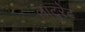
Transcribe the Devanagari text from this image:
लाटुरेट